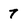
Character: 7